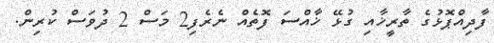
ފާދިއްޕޮޅުގެ ތާރީޚާއި ގުޅޭ ޚާއްސަ ފޮތެއް ނެރެފި2 މަސް 2 ދުވަސް ކުރިން.